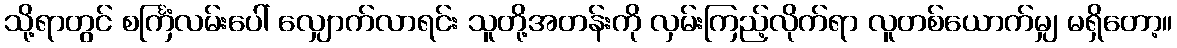
သို့ရာတွင် စင်္ကြံလမ်းပေါ် လျှောက်လာရင်း သူတို့အတန်းကို လှမ်းကြည့်လိုက်ရာ လူတစ်ယောက်မျှ မရှိတော့။